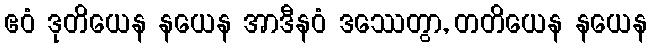
ဧဝံ ဒုတိယေန နယေန အာဒီနဝံ ဒဿေတွာ, တတိယေန နယေန